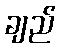
ချည်